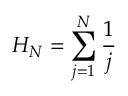
H _ { N } = \sum _ { j = 1 } ^ { N } \frac { 1 } { j }